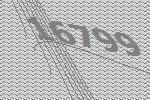
16799